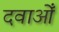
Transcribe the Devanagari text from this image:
दवाओँ